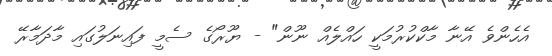
އެހެންވެ އޭނާ މާކްކުރުމަކީ ހައްލެއް ނޫން" - ޔޫރޯގެ ސެމީ ފައިނަލުގައި މާދަމާރޭ